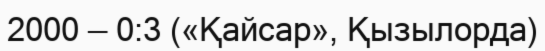
2000 — 0:3 («Қайсар», Қызылорда)